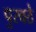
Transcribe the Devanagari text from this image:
पुरवठे